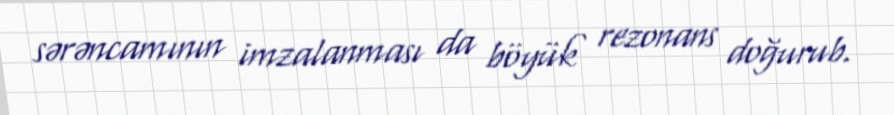
sərəncamının imzalanması da böyük rezonans doğurub.